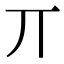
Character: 丌